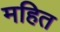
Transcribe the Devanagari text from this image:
महित